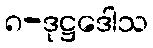
၈-ဒုဋ္ဌဒေါသ